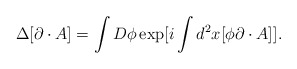
\begin{align*}\Delta [\partial \cdot A ]= \int D \phi \exp [i \int d ^{2} x [\phi \partial \cdot A ] ].\end{align*}